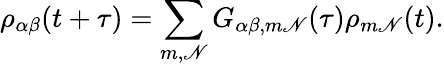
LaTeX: \rho_{\alpha\beta}(t+\tau)=\sum_{m,\mathscr{N}}G_{\alpha\beta,m\mathscr{N}}(\tau)\rho_{m\mathscr{N}}(t).